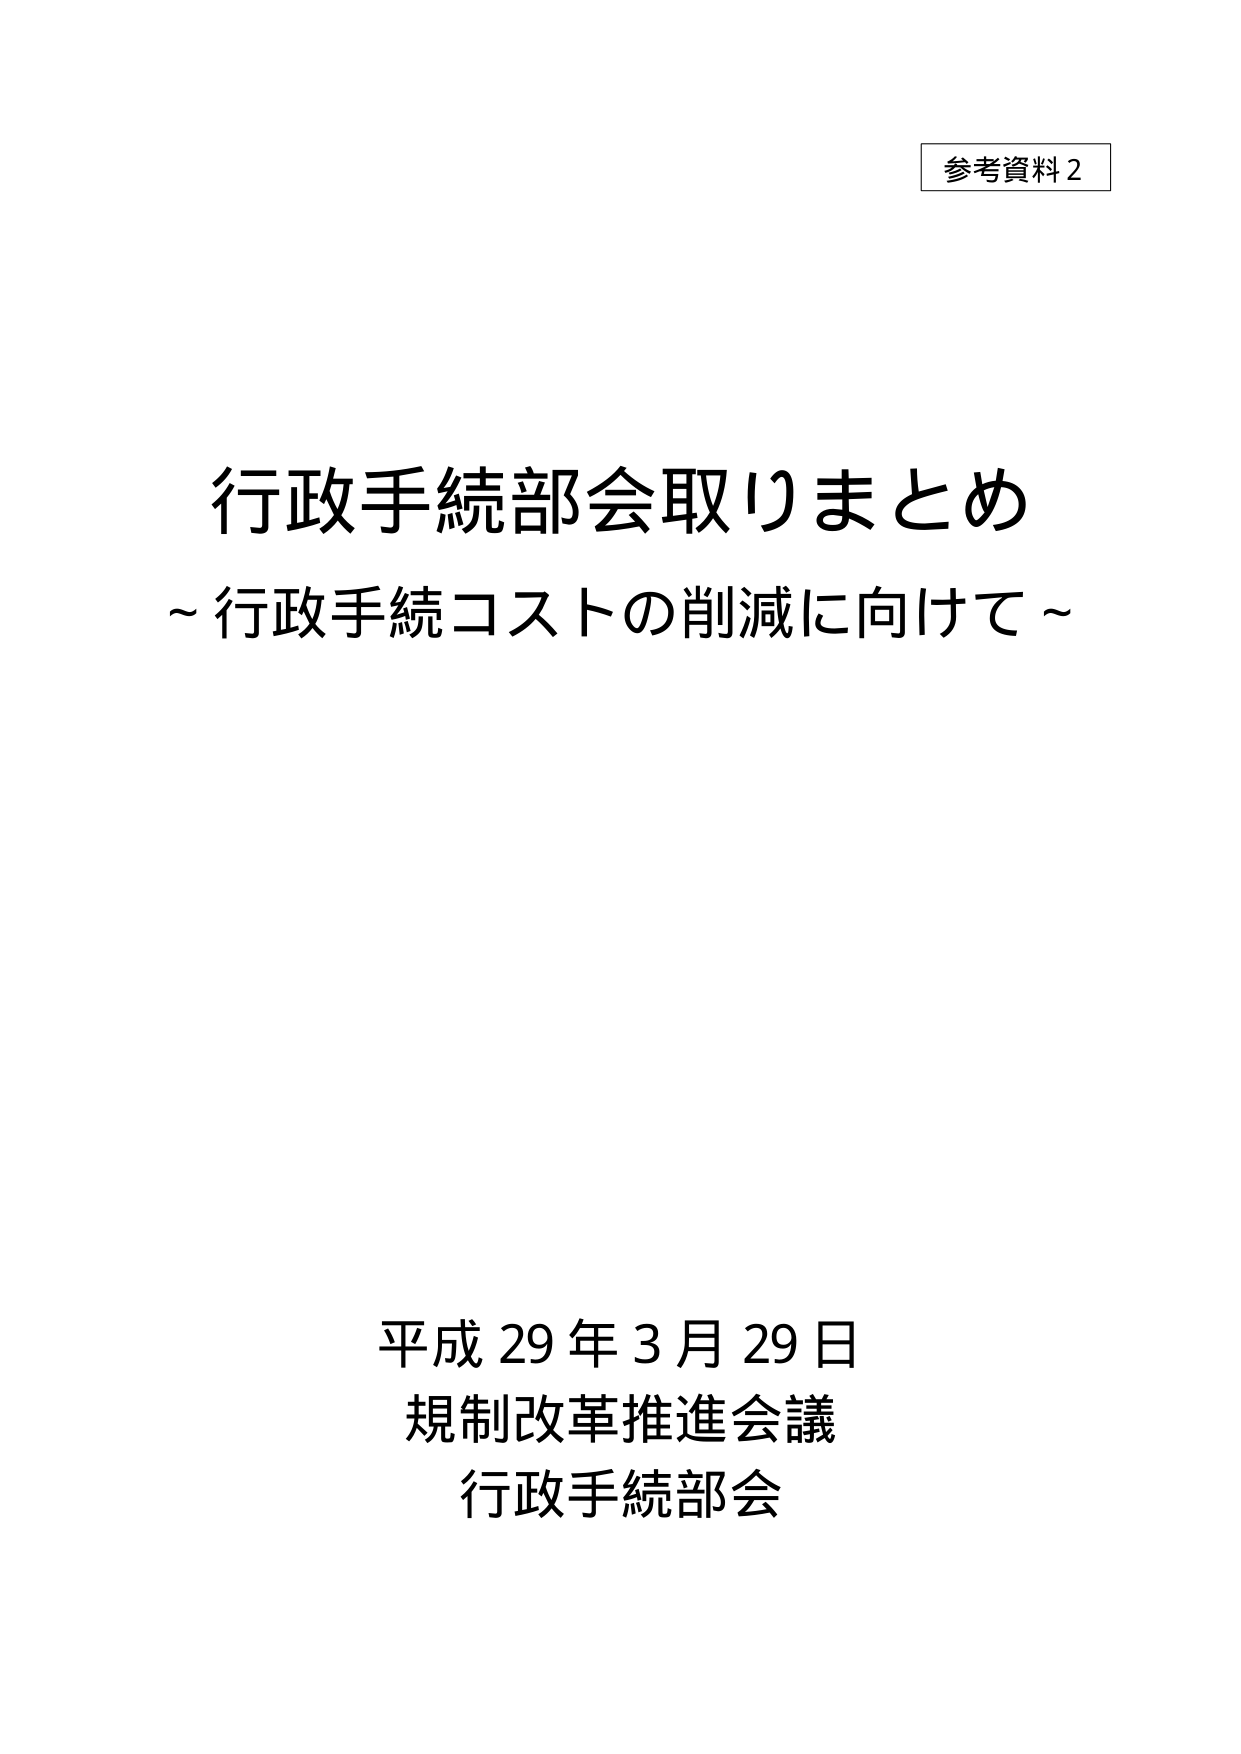
参考資料2

行政手続部会取りまとめ
～行政手続コストの削減に向けて～

平成29年3月29日
規制改革推進会議
行政手続部会